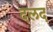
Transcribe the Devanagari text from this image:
दलद